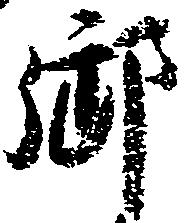
御